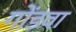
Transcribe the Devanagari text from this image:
गोंडवा